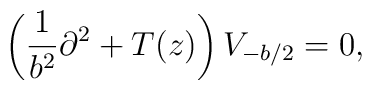
\left(\frac{1}{b^{2}}\partial^{2}+T(z)\right)V_{-b/2}=0, \nonumber